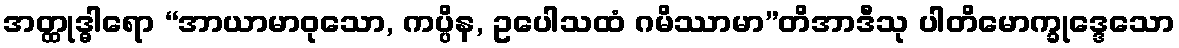
အတ္ထုဒ္ဓါရော “အာယာမာဝုသော, ကပ္ပိန, ဥပေါသထံ ဂမိဿာမာ”တိအာဒီသု ပါတိမောက္ခုဒ္ဒေသော